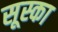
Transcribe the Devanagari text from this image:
सूस्का